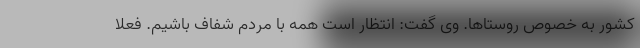
کشور به خصوص روستاها. وی گفت: انتظار است همه با مردم شفاف باشیم. فعلا